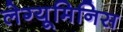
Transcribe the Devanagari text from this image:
लेग्यूमिनिस